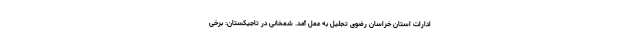
ادارات استان خراسان رضوی تجلیل به عمل آمد. شمخانی در تاجیکستان: برخی